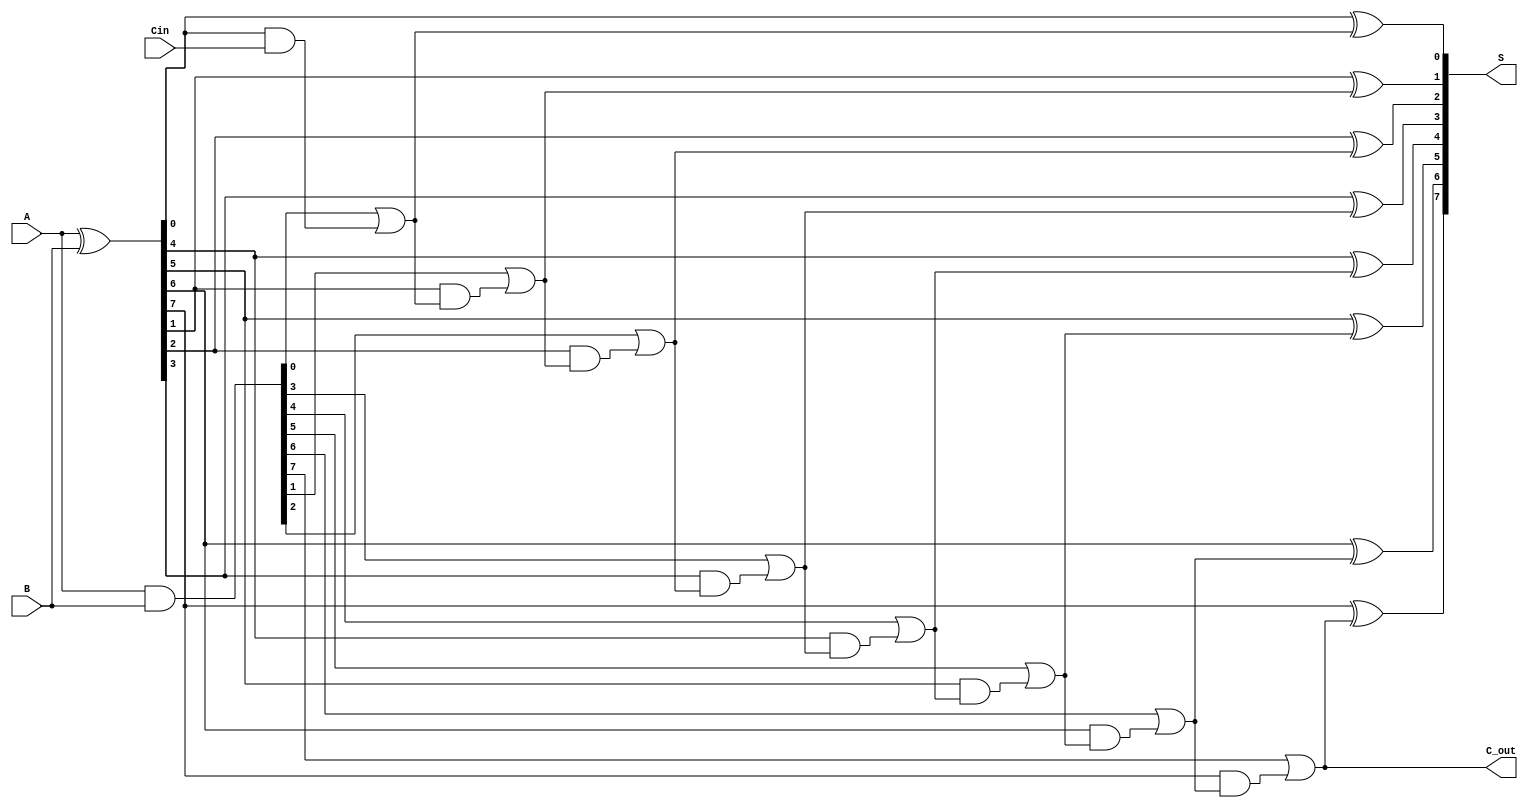
module CSPA #(parameter n = 8) (
    input  [n-1:0] A,
    input  [n-1:0] B,
    input          Cin,
    output [n-1:0] S,
    output         C_out
);

    // Generate and Propagate signals
    wire [n-1:0] G; // Generate
    wire [n-1:0] P; // Propagate
    wire [n:0] C;   // Carry signals

    assign G = A & B;        // Generate
    assign P = A ^ B;        // Propagate

    // Carry generation using a parallel prefix tree
    genvar i;
    generate
        for (i = 0; i < n; i = i + 1) begin : carry_gen
            if (i == 0) begin
                assign C[i] = G[i] | (P[i] & Cin); // C[0] = G[0] + P[0] * Cin
            end else begin
                assign C[i] = G[i] | (P[i] & C[i-1]); // C[i] = G[i] + P[i] * C[i-1]
            end
        end
    endgenerate

    // Sum calculation
    generate
        for (i = 0; i < n; i = i + 1) begin : sum_calc
            assign S[i] = P[i] ^ C[i]; // S[i] = A[i] ^ B[i] ^ C[i]
        end
    endgenerate

    // Final carry out
    assign C_out = C[n-1];

endmodule